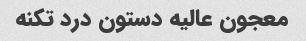
معجون عالیه دستون درد تکنه